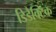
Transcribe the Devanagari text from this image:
डिडैक्टिक